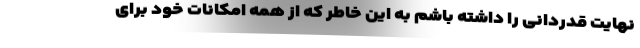
نهایت قدردانی را داشته باشم به این خاطر که از همه امکانات خود برای